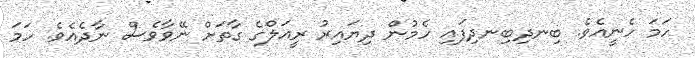
ހަމަ ހެނީއެވެ. ބިނދިބިނދިފައި ހެމުން ދިޔައިރު ރީއަލްގެ ގާތަށް ނޭވާވެސް ނާދެއެވެ. ހަމަ